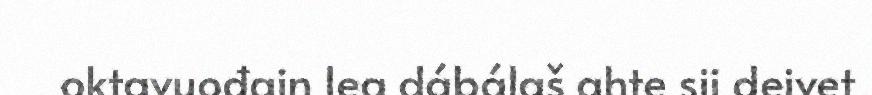
oktavuođain lea dábálaš ahte sii deivet